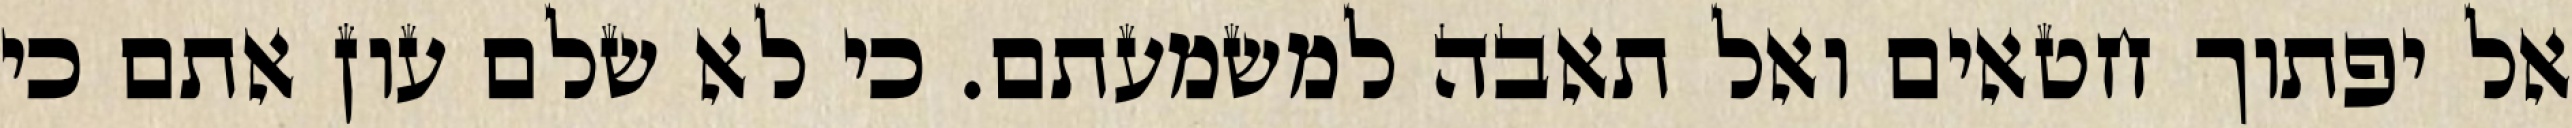
אל יפתוך חטאים ואל תאבה למשמעתם. כי לא שלם עון אתם כי